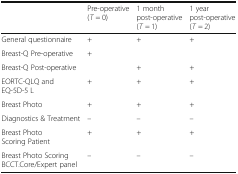
<table><thead><tr><td></td><td><b>Pre-operative (<i>T</i> = 0)</b></td><td><b>1 month post-operative (<i>T</i> = 1)</b></td><td><b>1 year post-operative (<i>T</i> = 2)</b></td></tr></thead><tbody><tr><td>General questionnaire</td><td>+</td><td>+</td><td>+</td></tr><tr><td>Breast-Q Pre-operative</td><td>+</td><td></td><td></td></tr><tr><td>Breast-Q Post-operative</td><td></td><td>+</td><td>+</td></tr><tr><td>EORTC-QLQ and EQ-5D-5 L</td><td>+</td><td>+</td><td>+</td></tr><tr><td>Breast Photo</td><td>+</td><td>+</td><td>+</td></tr><tr><td>Diagnostics &amp; Treatment</td><td>–</td><td>–</td><td>–</td></tr><tr><td>Breast Photo Scoring Patient</td><td>+</td><td>+</td><td>+</td></tr><tr><td>Breast Photo ScoringBCCT.Core/Expert panel</td><td>–</td><td>–</td><td>–</td></tr></tbody></table>